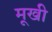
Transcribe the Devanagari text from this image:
मूखी